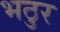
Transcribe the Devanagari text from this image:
भठुर